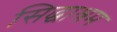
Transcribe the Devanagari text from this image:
सिद्धाश्रम